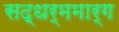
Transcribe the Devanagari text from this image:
सद्धर्ममार्ग